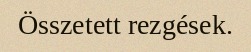
Összetett rezgések.